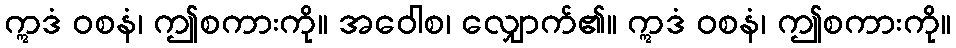
ဣဒံ ဝစနံ၊ ဤစကားကို။ အဝေါစ၊ လျှောက်၏။ ဣဒံ ဝစနံ၊ ဤစကားကို။